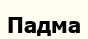
Падма